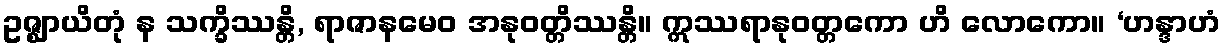
ဥဇ္ဈာယိတုံ န သက္ခိဿန္တိ, ရာဇာနမေဝ အနုဝတ္တိဿန္တိ။ ဣဿရာနုဝတ္တကော ဟိ လောကော။ ‘ဟန္ဒာဟံ